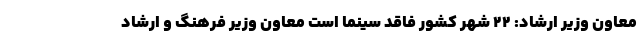
معاون وزیر ارشاد: ۲۲ شهر کشور فاقد سینما است معاون وزیر فرهنگ و ارشاد